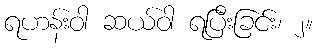
ရဟန်းဝါ ဆယ်ဝါ ရပြီးခြင်း၊ ၂။